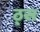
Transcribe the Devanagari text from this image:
ठ्स